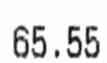
65.55